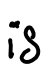
Text: is
Cross-out: clean
Writing tool: digital_black